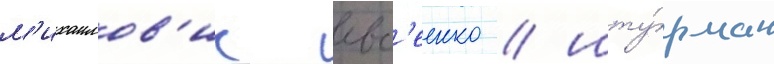
м'ихаилов'ич евс'еенко / шту́рман